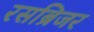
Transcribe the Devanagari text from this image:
रसब्रिजर